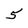
Character: 5